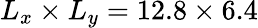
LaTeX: L_{x}\times L_{y}=12.8\times 6.4